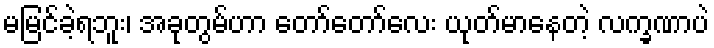
မမြင်ခဲ့ရဘူး၊ အခုတွမ်ဟာ တော်တော်လေး ယုတ်မာနေတဲ့ လက္ခဏာပဲ